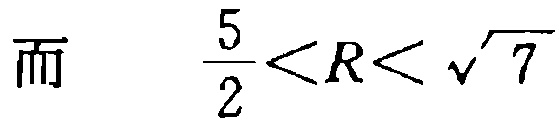
而 \(\frac{5}{2}<R<\sqrt{7}\)